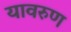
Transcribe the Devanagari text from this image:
यावरुण